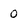
Character: 0